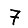
Digit: 7